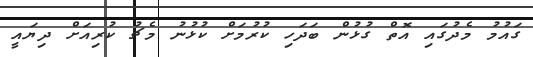
ގައުމު މެދުގައި އޮތް ގުޅުން ބަދަހި ކުރުމަށް ކުޅުނު މެޗު ކުރިއަށް ދިޔައީ